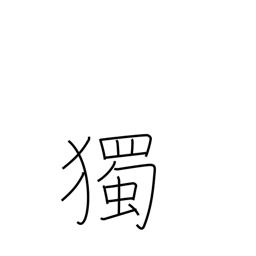
Meaning: spontaneously